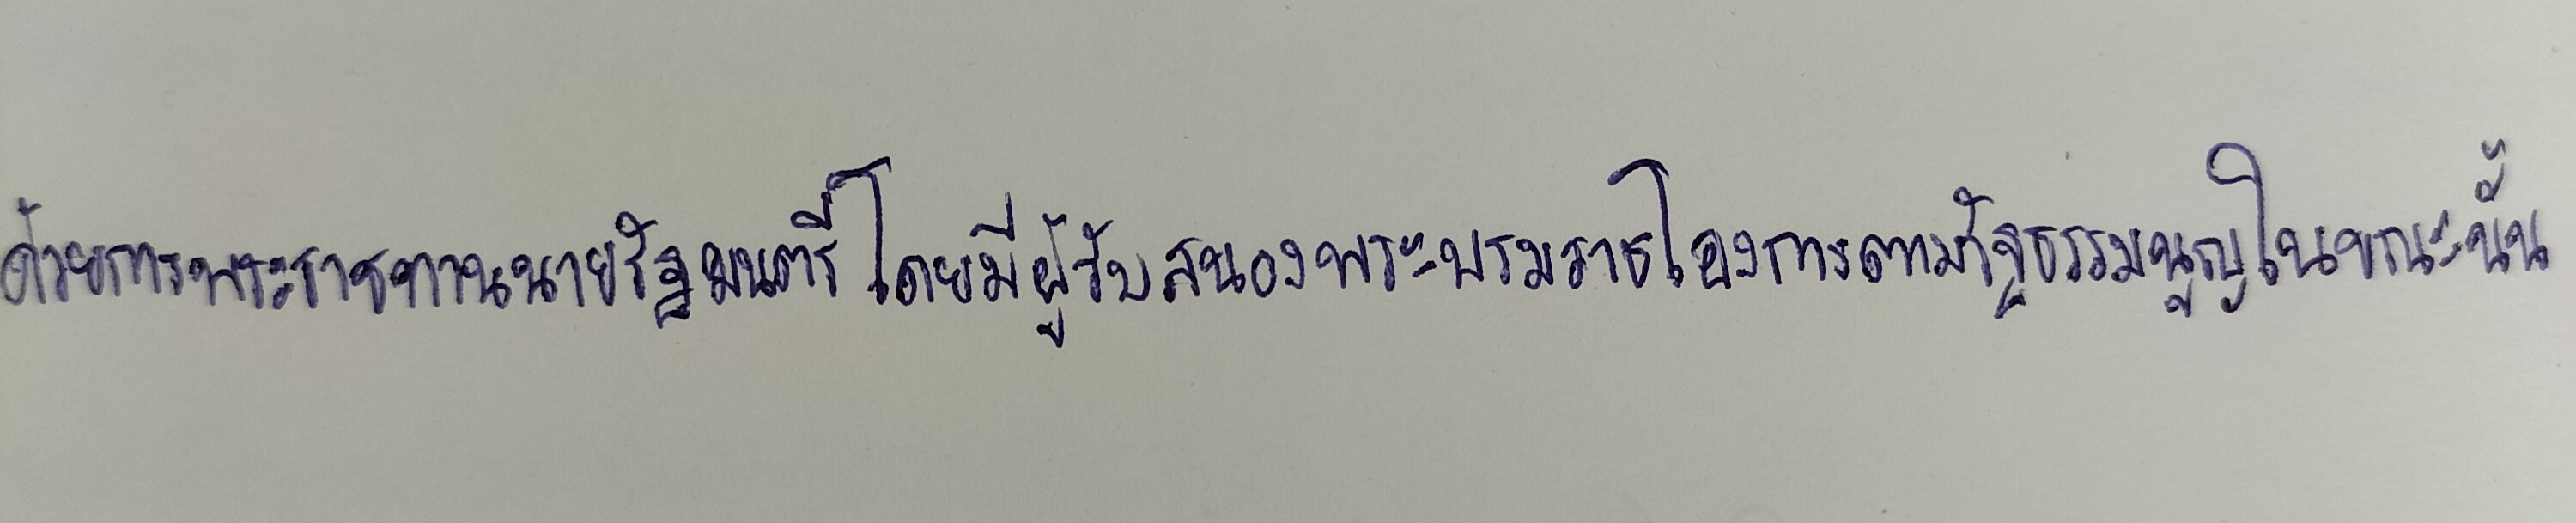
ด้วยการพระราชทานนายกรัฐมนตรีโดยมีผู้รับสนองพระบรมราชโองการตามรัฐธรรมนูญในขณะนั้น